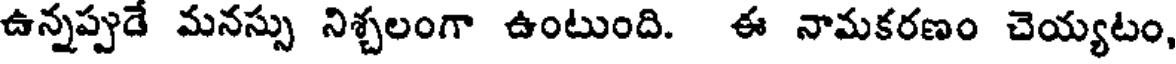
ఉన్నప్పుడే మనస్సు నిశ్చలంగా ఉంటుంది. ఈ నామకరణం చెయ్యటం,